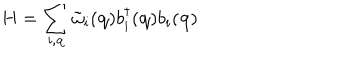
LaTeX: H = \sum _ { i , { \bf { q } } } { \tilde { \omega } } _ { i } ( { \bf { q } } ) b _ { i } ^ { \dagger } ( { \bf { q } } ) b _ { i } ( { \bf { q } } )